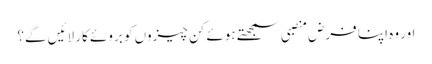
اور وہ اپنا فرضِ منصبی سمجھتے ہوئے کن چیزوں کو بروئے کار لائیں گے؟